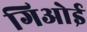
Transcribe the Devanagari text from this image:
गिओई